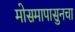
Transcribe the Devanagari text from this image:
मोसमापासुनचा